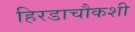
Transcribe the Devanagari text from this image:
हिरडाचौकशी